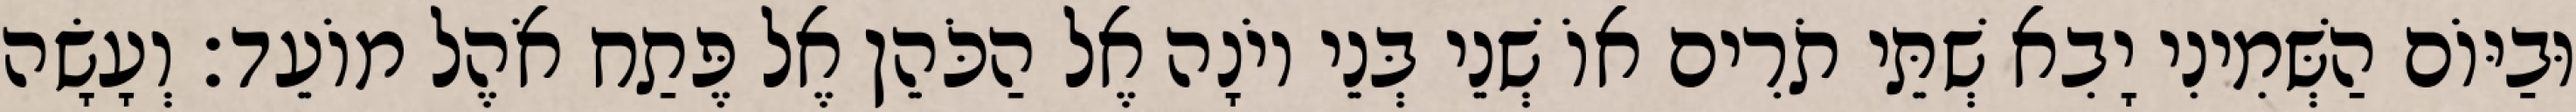
וּבַיּוֹם הַשְּׁמִינִי יָבִא שְׁתֵּי תֹרִים אוֹ שְׁנֵי בְּנֵי יוֹנָה אֶל הַכֹּהֵן אֶל פֶּתַח אֹהֶל מוֹעֵד׃ וְעָשָׂה